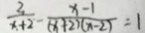
\frac { 2 } { x + 2 } - \frac { x - 1 } { ( x + 2 ) ( x - 2 ) } = 1